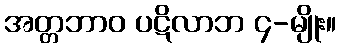
အတ္တဘာဝ ပဋိလာဘ ၄-မျိုး။